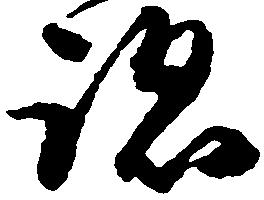
跡